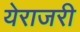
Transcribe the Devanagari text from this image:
येराजरी